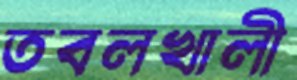
তবলখালী